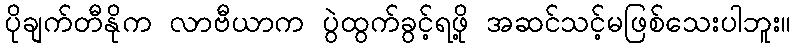
ပိုချက်တီနိုက လာဗီယာက ပွဲထွက်ခွင့်ရဖို့ အဆင်သင့်မဖြစ်သေးပါဘူး။